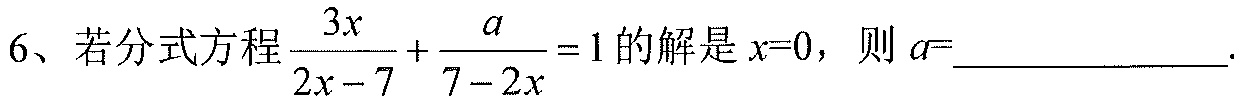
6、若分式方程$\frac{3x}{2x - 7}+\frac{a}{7 - 2x}=1$的解是$x = 0$，则$a =$__________.